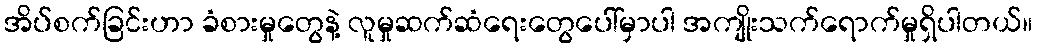
အိပ်စက်ခြင်းဟာ ခံစားမှုတွေနဲ့ လူမှုဆက်ဆံရေးတွေပေါ်မှာပါ အကျိုးသက်ရောက်မှုရှိပါတယ်။